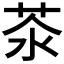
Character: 𦮭